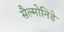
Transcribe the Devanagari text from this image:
सैल्मोनिडे